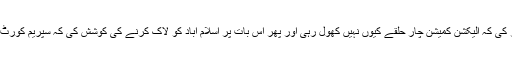
عمران خان نے اپنے لوگوں کو لے کر یلغار پہلے اس بات پر کی کہ الیکشن کمیشن چار حلقے کیوں نہیں کھول رہی اور پھر اس بات پر اسلام آباد کو لاک کرنے کی کوشش کی کہ سپریم کورٹ پانامہ جیسا بڑا اور واضح کیس کیوں نہیں ٹیک اپ کر رہی؟